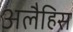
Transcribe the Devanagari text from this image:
अलैहिस